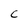
Character: C